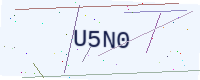
Text: U5N0